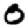
Digit: 0